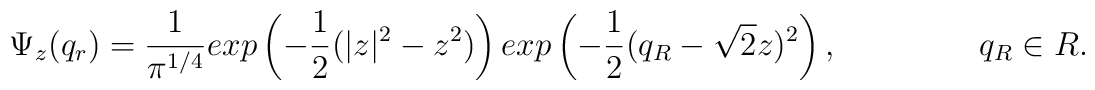
\Psi_z(q_r)=\frac{1}{\pi^{1/4}}exp\left(-\frac{1}{2}(|z|^2-z^2)\right)exp\left(-\frac{1}{2}(q_R-\sqrt{2}z)^2 \right), \hspace{0.7in}q_R \in R.